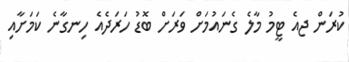
ކުރަން ޖއެ ޓީމު މާލެ ގެނައުމަށް ވަރަށް ބޮޑު ހަރަދެއެ ހިނގާނެ ކަމަށާއި